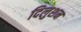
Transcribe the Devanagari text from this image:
दिलुशन